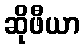
ဆိုဖီယာ